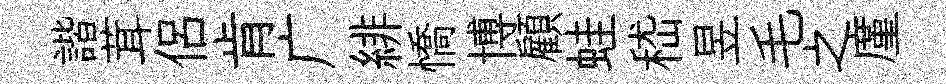
諧茸侣肯广緋憍博顧蛙嵇昱毛之廑